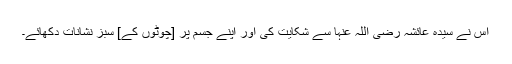
اس نے سیدہ عائشہ رضی اللہ عنہا سے شکایت کی اور اپنے جسم پر [چوٹوں کے] سبز نشانات دکھائے۔